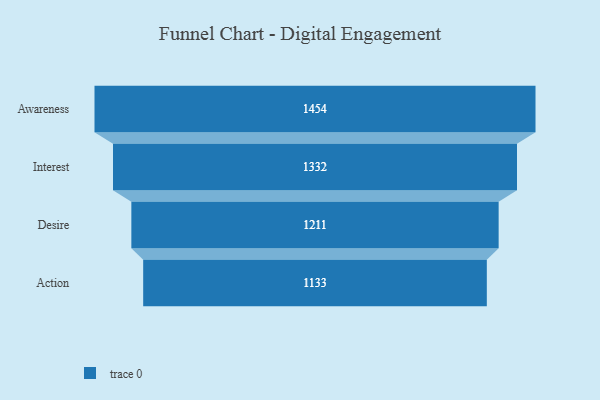
{"axis": {"x": "Stage", "y": "Value"}, "legend": [""], "data": [{"x": "Awareness", "y": 1454.0, "type": ""}, {"x": "Interest", "y": 1332.0, "type": ""}, {"x": "Desire", "y": 1211.0, "type": ""}, {"x": "Action", "y": 1133.0, "type": ""}]}